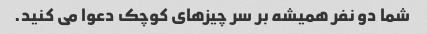
شما دو نفر همیشه بر سر چیزهای کوچک دعوا می کنید.